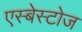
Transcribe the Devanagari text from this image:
एस्बेस्टोज